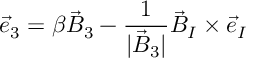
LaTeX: { \vec { e } } _ { 3 } = \beta { \vec { B } } _ { 3 } - \frac { 1 } { | { \vec { B } } _ { 3 } | } { \vec { B } } _ { I } \times { \vec { e } } _ { I }